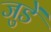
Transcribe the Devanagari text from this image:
जुडें